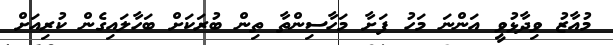
މުއާޒު ވިދާޅުވީ އަންނަ މަހު ފަށާ މަހާސިންތާ ތިން ބުރަކަށް ބަހާލައިގެން ކުރިއަށް